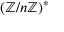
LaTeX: ( \mathbb { Z } / n \mathbb { Z } ) ^ { * }